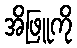
အိဖြူကို